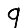
Digit: 9